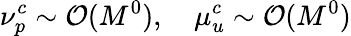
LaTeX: \nu_{p}^{c}\sim\mathcal{O}(M^{0}),\quad\mu_{u}^{c}\sim\mathcal{O}(M^{0})